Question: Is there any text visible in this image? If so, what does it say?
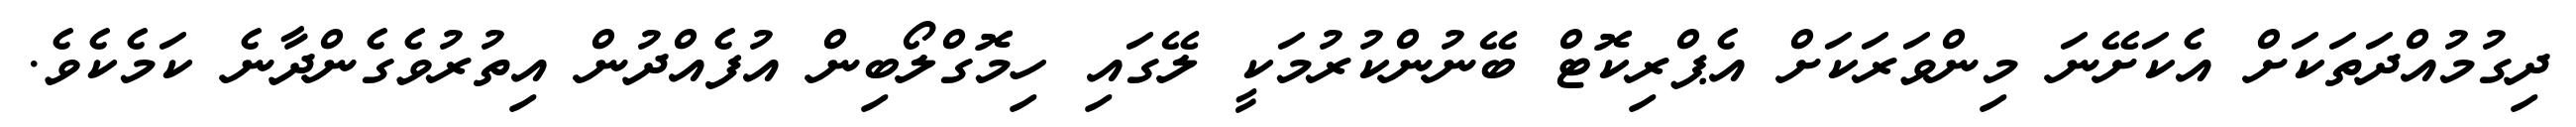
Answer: ދިގުމުއްދަތަކަށް އެކަށޭނަ މިންވަރަކަށް އެޕްރިކޮޓް ބޭނުންކުރުމަކީ ލޭގައި ހިމޮގްލޯބިން އުފެއްދުން އިތުރުވެގެންދާނެ ކަމެކެވެ.